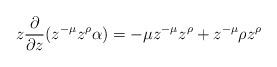
LaTeX: \begin{align*} z \frac{\partial}{\partial z} (z^{-\mu}z^\rho \alpha) = -\mu z^{-\mu}z^\rho + z^{-\mu}\rho z^\rho \end{align*}